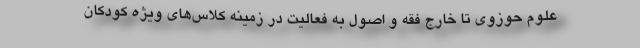
علوم حوزوی تا خارج فقه و اصول به فعالیت در زمینه کلاس‌های ویژه کودکان